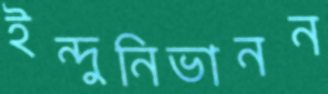
ইন্দুনিভানন